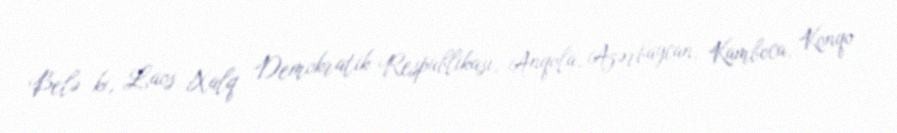
Belə ki, Laos Xalq Demokratik Respublikası, Anqola, Azərbaycan, Kamboca, Konqo